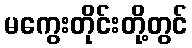
မကွေးတိုင်းတို့တွင်